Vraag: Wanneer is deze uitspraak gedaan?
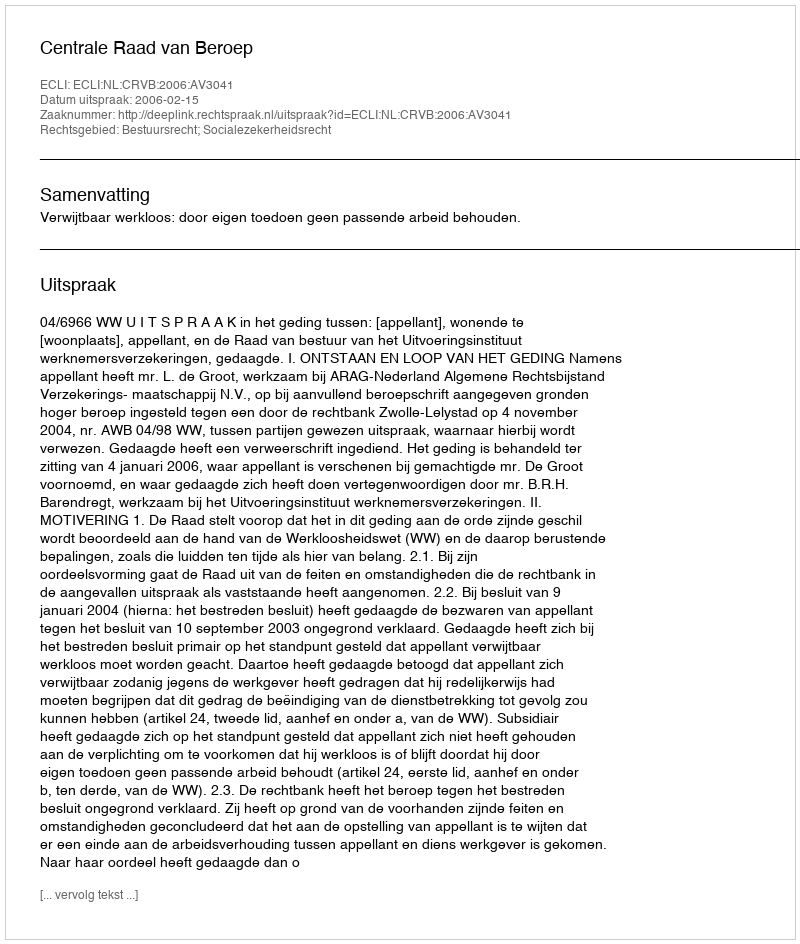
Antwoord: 2006-02-15